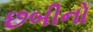
છબીનો